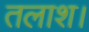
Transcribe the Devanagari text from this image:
तलाश।